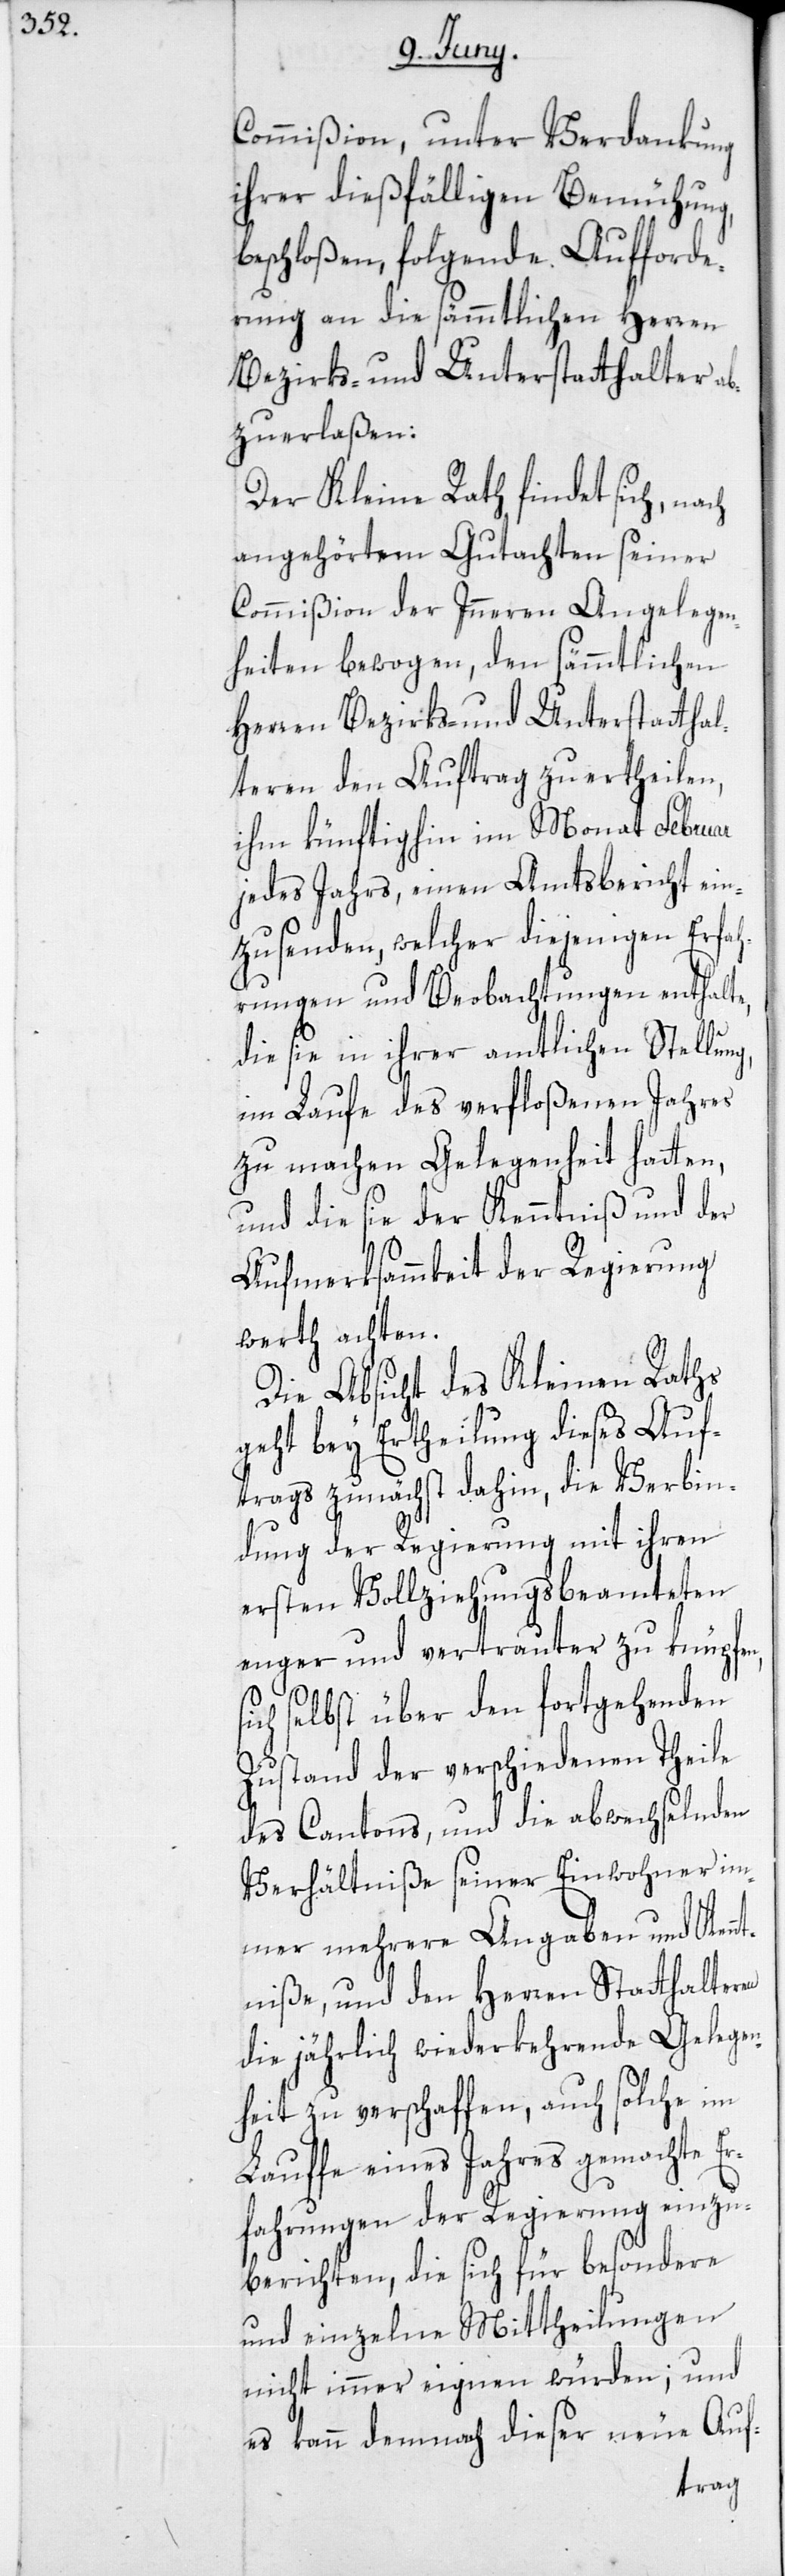
Commißion, unter Verdankung
ihrer dießfälligen Bemühung,
beschloßen, folgende Aufforde¬
rung an die sämmtlichen Herren
Bezirks- und Unterstatthalter a¬
bzuerlaßen:
Der Kleine Rath findet sich, n¬
angehörtem Gutachten seiner
Commißion der Inneren Angelegen¬
heiten bewogen, den sämmtlichen
Herren Bezirks- und Unterstatthal¬
teren den Auftrag zu ertheilen,
ihm künftighin im Monat Februar
jedes Jahrs, einen Amtsbericht ein¬
zusenden, welcher diejenigen Erfah¬
rungen und Beobachtungen enthalte,
die sie in ihrer amtlichen Stellung,
im Laufe des verfloßenen Jahres
zu machen Gelegenheit hatten,
und die sie der Kenntniß und der
Aufmerksammkeit der Regierung
werth achten.
Die Absicht des Kleinen Raths
geht bey Ertheilung dieses Auf¬
trags zunächst dahin, die Verbin¬
dung der Regierung mit ihren
ersten Vollziehungsbeamteten
enger und vertrauter zu knüpfen,
selbst über den fortgehenden
Zustand der verschiedenen Theile
des Cantons, und die abwechselnden
Verhältniße seiner Einwohner im¬
mer mehrere Angaben und Kennt¬
niße, und den Herren Statthalteren
die jährlich wiederkehrende Gelege¬
nheit zu verschaffen, auch solche im
Lauffe eines Jahres gemachte E¬
rfahrungen der Regierung einzu¬
berichten, die sich für besondere
und einzelne Mittheilungen
nicht immer eignen würden; und
es kann demnach dieser neue Auf-
ach